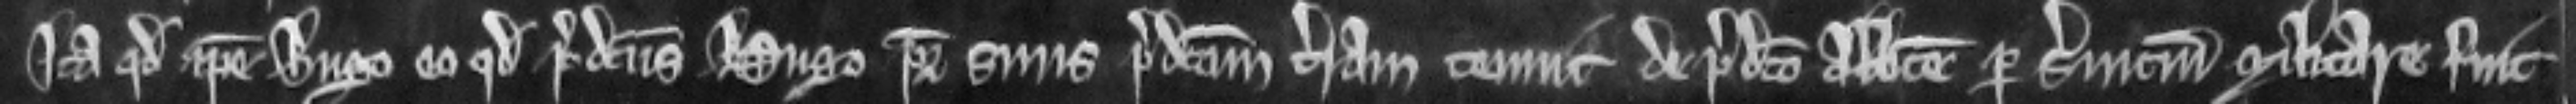
ita quod ipse Hugo eo quod predictus Hugo pater suus predictam terram tenuit de predicto Abbate per servicium militare fuit